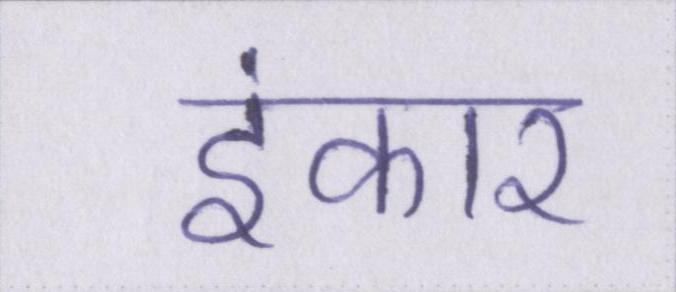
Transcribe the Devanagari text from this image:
इंकार